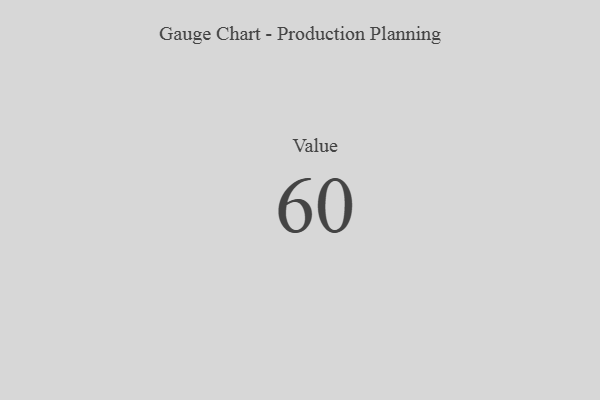
{"axis": {"x": "Metric", "y": "Value"}, "legend": [""], "data": [{"x": "Value", "y": 60, "type": ""}]}